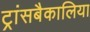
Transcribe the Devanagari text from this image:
ट्रांसबैकालिया